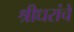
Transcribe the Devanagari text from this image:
श्रीधरांचे